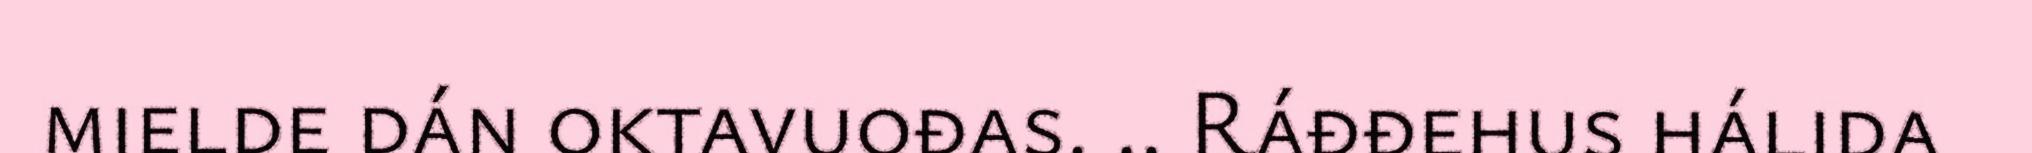
mielde dán oktavuođas. .. Ráđđehus hálida